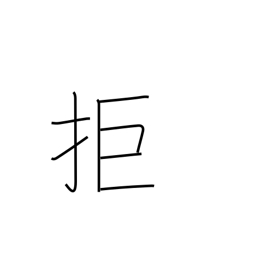
Meaning: reject